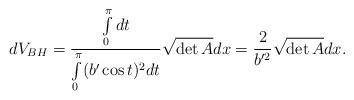
LaTeX: \begin{align*} dV_{BH} = \frac{\int\limits_{0}^{\pi}dt}{\int\limits_{0}^{\pi}(b'\cos t)^2dt}\sqrt{\det A} dx=\frac{2}{b'^2}\sqrt{\det A} dx.\end{align*}